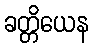
ခတ္တိယေန